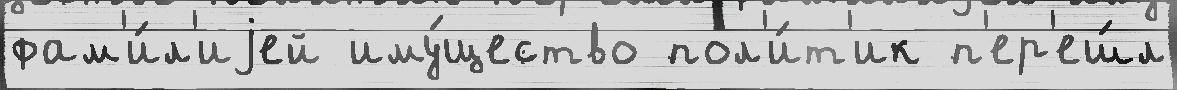
фам'и́л'иjей иму́щество пол'и́т'ик п'ер'еш́л